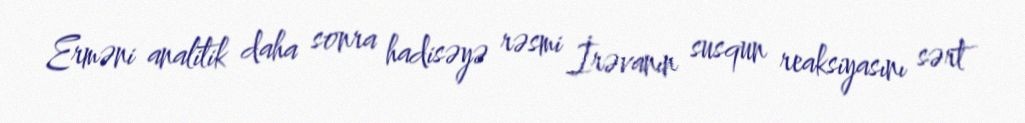
Erməni analitik daha sonra hadisəyə rəsmi İrəvanın susqun reaksiyasını sərt